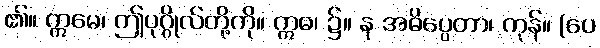
၏။ ဣမေ၊ ဤပုဂ္ဂိုလ်တို့ကို။ ဣဓ၊ ၌။ န အဓိပ္ပေတာ၊ ကုန်။ (ပေ